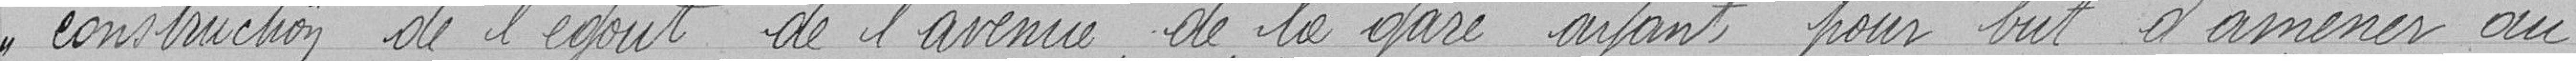
construction de l'égout de l'avenue de la gare ayant pour but d'amener au